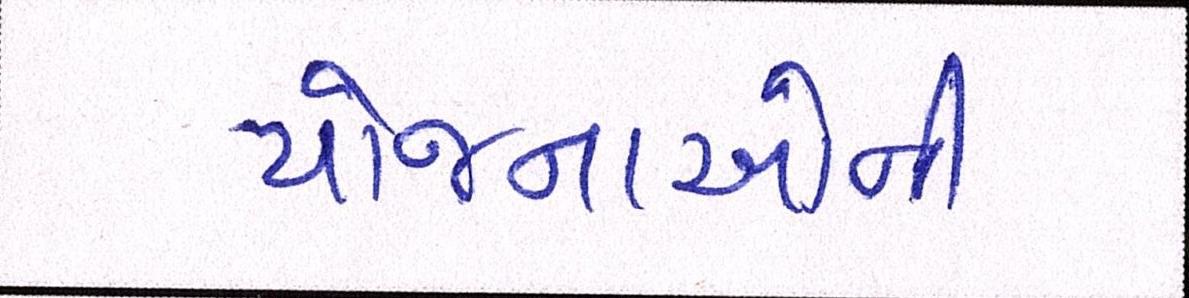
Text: યોજનાઓની